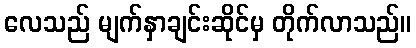
လေသည် မျက်နှာချင်းဆိုင်မှ တိုက်လာသည်။